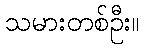
သမားတစ်ဦး။